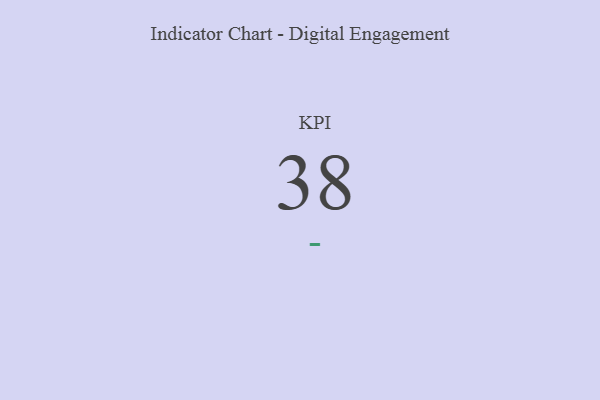
{"axis": {"x": "KPI", "y": "Value"}, "legend": [""], "data": [{"x": "KPI", "y": 38, "type": ""}]}